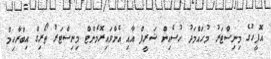
އޮފީހުގެ މިނިސްޓަރު މުހައްމަދު ހުސެއިން ޝަރީފް އާއި އެންވައިރޮމެންޓް މިނިސްޓަރު ތޯރިގް އިބްރާހިމް